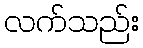
လက်သည်း